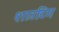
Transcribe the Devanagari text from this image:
शाउटिंग